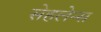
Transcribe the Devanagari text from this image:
सेहलेन्स